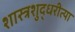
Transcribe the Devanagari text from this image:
शास्त्रशुद्धरीत्या